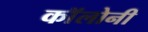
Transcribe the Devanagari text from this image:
काॅलोनी